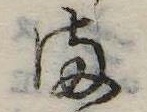
ま